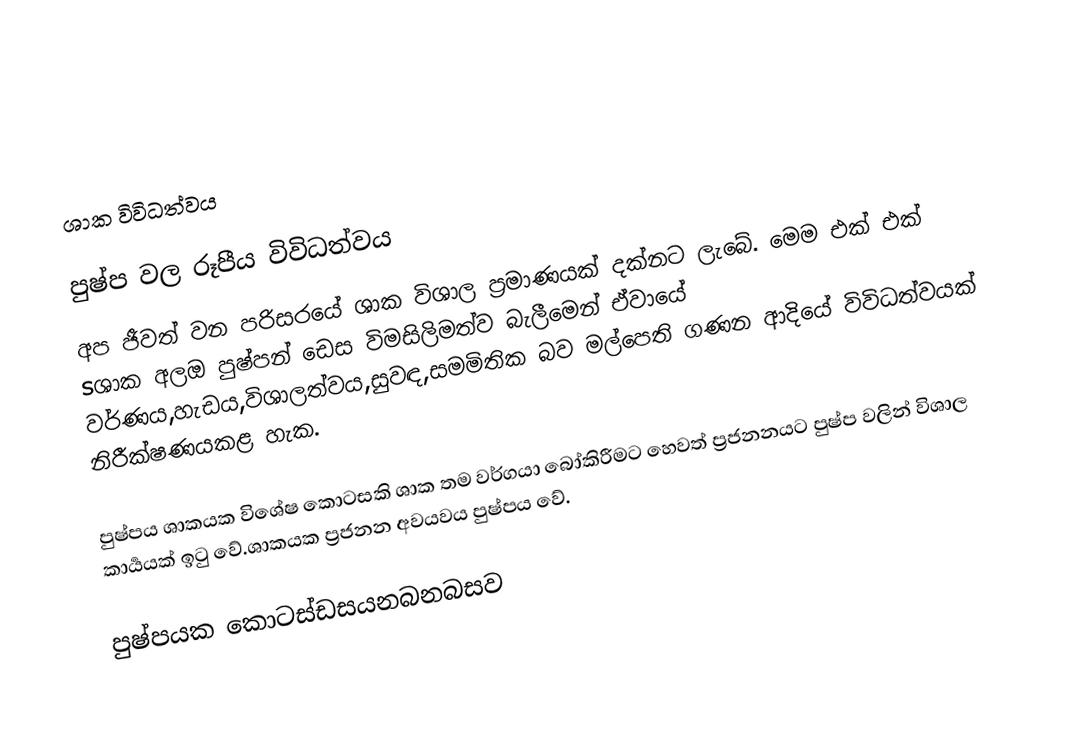

ශාක විවිධත්වය

පුෂ්ප වල රූපීය විවිධත්වය
අප ජීවත් වන පරිසරයේ ශාක විශාල ප්‍රමාණයක් දක්නට ලැබේ. මෙම එක් එක් sශාක අලඔ පුෂ්පන් ඩෙස විමසිලිමත්ව බැලීමෙන් ඒවායේ වර්ණය,හැඩය,විශාලත්වය,සුවඳ,සමමිතික බව මල්පෙති ගණන ආදියේ විවිධත්වයක් නිරීක්ෂණයකළ හැක.

     පුෂ්පය ශාකයක විශේෂ කොටසකි ශාක තම වර්ගයා බෝකිරීමට හෙවත් ප්‍රජනනයට පුෂ්ප වලින් විශාල කාර්‍යයක් ඉටු වේ.ශාකයක ප්‍රජනන අවයවය පුෂ්පය වේ.

පුෂ්පයක කොටස්ඩසයනබනබසව